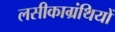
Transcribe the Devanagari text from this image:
लसीकाग्रंथियों